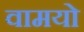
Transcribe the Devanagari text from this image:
वामयो